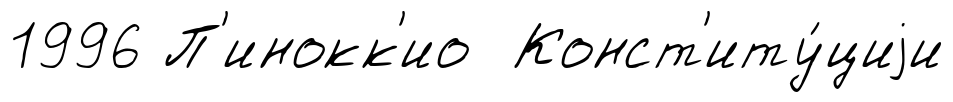
1996 П'инокк'ио Конст'иту́циjи